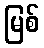
မြစ်